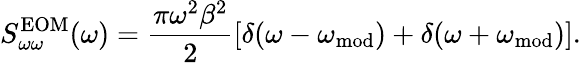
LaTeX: S_{\omega\omega}^{\mathrm{EOM}}(\omega)=\frac{\pi\omega^{2}\beta^{2}}{2}\left[\delta(\omega-\omega_{\mathrm{mod}})+\delta(\omega+\omega_{\mathrm{mod}})\right].